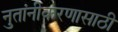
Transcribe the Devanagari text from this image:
नुतांनीकरणासाठी